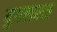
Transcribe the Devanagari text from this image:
युगलरस